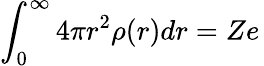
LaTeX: \int_{0}^{\infty}4\pi r^{2}\rho(r)dr=Ze\,